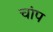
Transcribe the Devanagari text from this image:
चांप